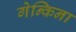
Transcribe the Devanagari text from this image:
गेन्किना